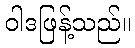
ဝါဒဖြန့်သည်။